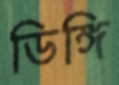
ডিঙ্গি